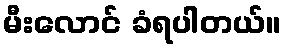
မီးလောင် ခံရပါတယ်။